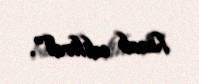
hesab edilirdi".